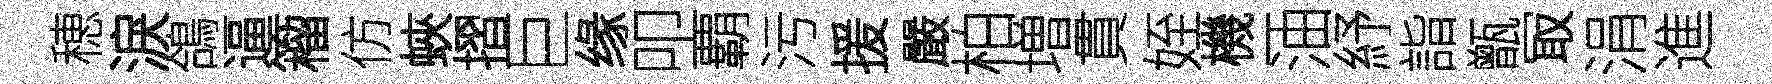
穂淚鴿逼籕仿蛺摺巨缘叩覇污援嚴柏増貫姪機一油紓詣甑冣涓進